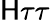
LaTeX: \mathsf{H}\tau\tau